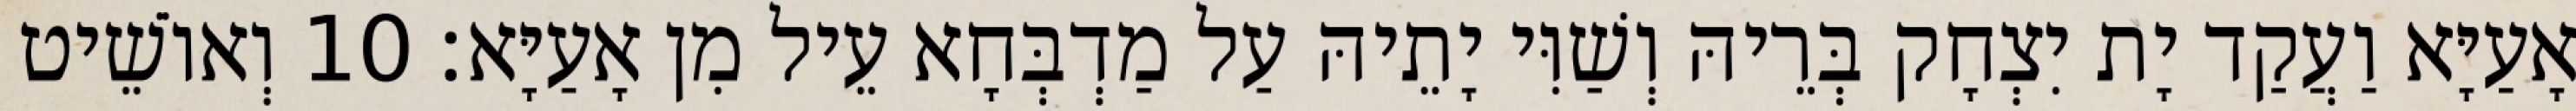
אָעַיָּא וַעֲקַד יָת יִצְחָק בְּרֵיהּ וְשַׁוִּי יָתֵיהּ עַל מַדְבְּחָא עֵיל מִן אָעַיָּא׃ 10 וְאוֹשֵׁיט